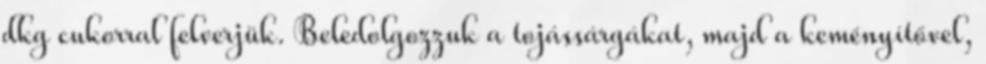
dkg cukorral felverjük. Beledolgozzuk a tojássárgákat, majd a keményítővel,